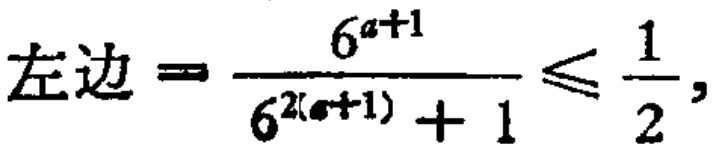
左边 \(=\frac{6^{a + 1}}{6^{2(a + 1)}+1}\leqslant\frac{1}{2},\)